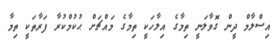
އިސްލާމް ދީން ގޮވާލަނީ ތިމާގެ އިލާހަކީ ތިމާގެ މައްޗަށް ޙުކުމްކުރާ ފަރާތަކީ ތިމާ